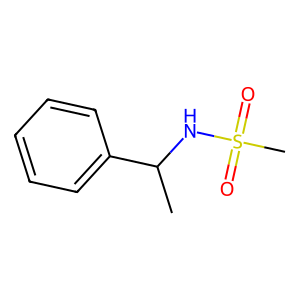
SMILES: CC(NS(C)(=O)=O)c1ccccc1
Inhibits HIV replication: No